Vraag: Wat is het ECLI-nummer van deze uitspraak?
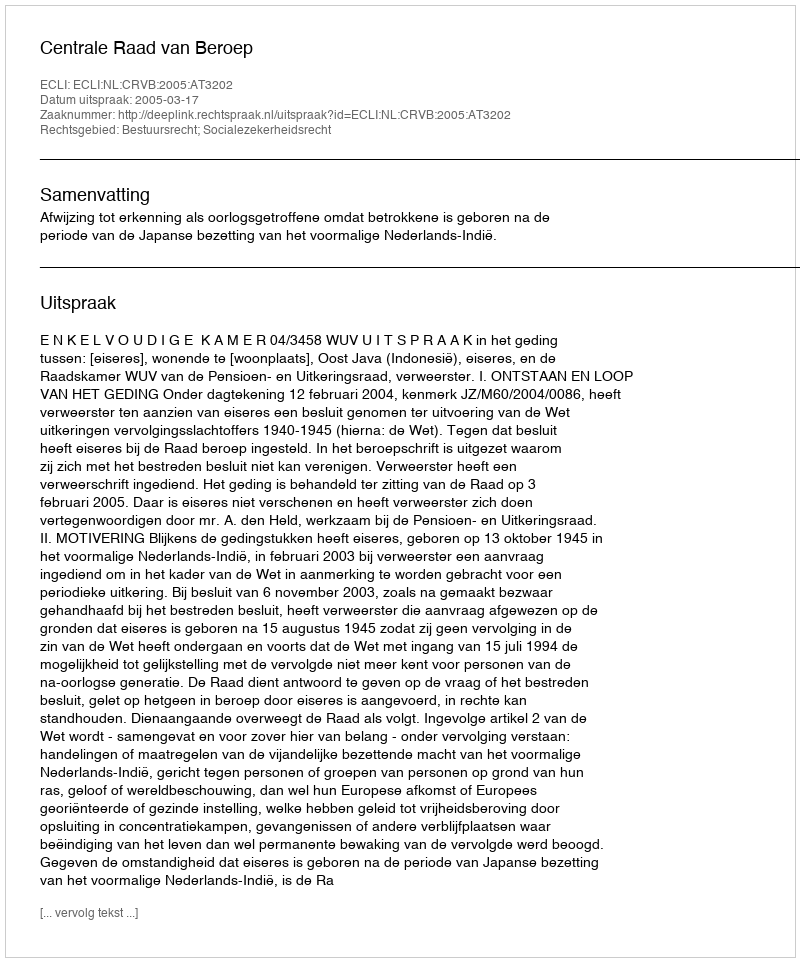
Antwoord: ECLI:NL:CRVB:2005:AT3202